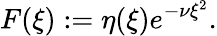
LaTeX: F(\xi):=\eta(\xi)e^{-\nu\xi^{2}}.